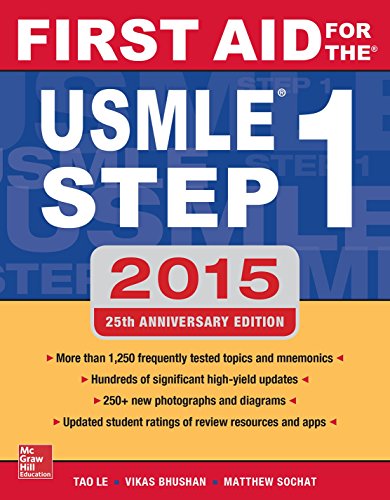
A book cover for First Aid for the USMLE Step 1 2015; Tao Le; Test Preparation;